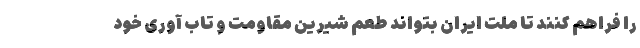
را فراهم کنند تا ملت ایران بتواند طعم شیرین مقاومت و تاب آوری خود